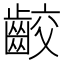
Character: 齩